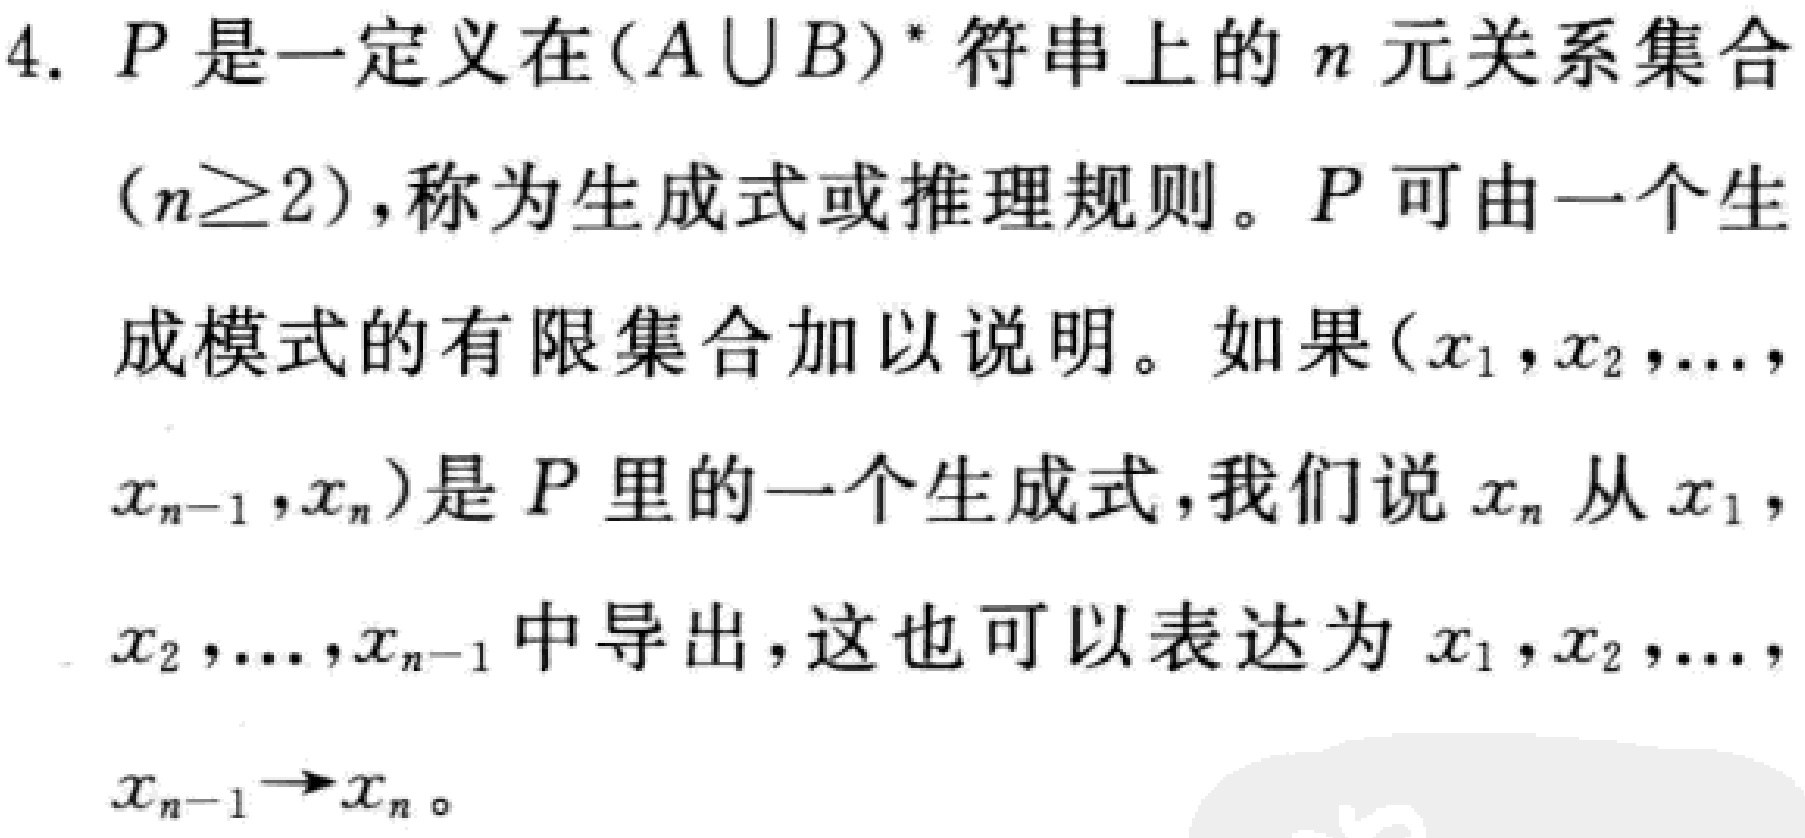
1. 所有实数都只有一个立方根,它们与原数同号.